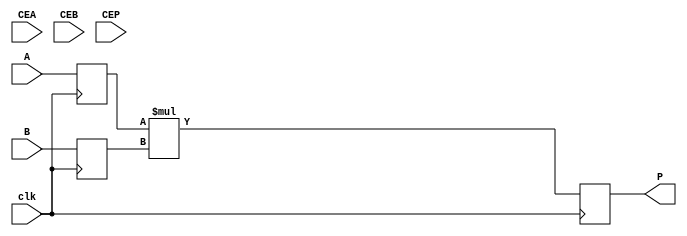
(* top *)
module top #(parameter AW=2, BW=2, AREG=1, BREG=1, PREG=1) (input clk, CEA, CEB, CEP, input [AW-1:0] A, input [BW-1:0] B, (* keep *) output reg [AW+BW-1:0] P);
(* keep *) reg [AW-1:0] Ar;
(* keep *) reg [BW-1:0] Br;
generate
    if (AREG) begin
        always @(posedge clk) if (1) Ar <= A;
    end
    else
        always @* Ar <= A;
    if (BREG) begin
        always @(posedge clk) if (1) Br <= B;
    end
    else
        always @* Br <= B;
    if (PREG) begin
        always @(posedge clk) if (1) P <= Ar * Br;
    end
    else
        always @* P <= Ar * Br;
endgenerate
endmodule